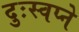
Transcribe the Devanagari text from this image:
दुःस्वप्ने